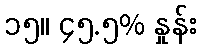
၁၅။ ၄၅.၅% နှုန်း